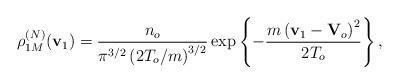
LaTeX: \begin{align*}\rho _{1M}^{(N)}(\mathbf{v}_{1})=\frac{n_{o}}{\pi ^{3/2}\left(2T_{o}/m\right) ^{3/2}}\exp \left\{ -\frac{m\left( \mathbf{v}_{1}-\mathbf{V}_{o}\right) ^{2}}{2T_{o}}\right\} , \end{align*}